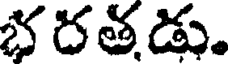
భరతడు.